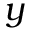
y